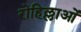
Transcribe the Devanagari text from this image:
रोहिल्लाओं